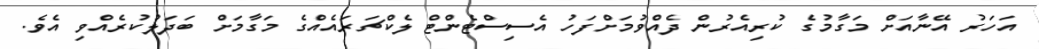
އަހަރު އޭނާއަށް މަގާމުގެ ކުރިއެރުން ދެއްވުމަށްފަހު އެސިސްޓެންޓް ލެކްޗަރައެއްގެ މަގާމަށް ބަދަލުކުރެއްވި އެވެ.